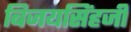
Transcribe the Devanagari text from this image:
बिजयसिंहजी